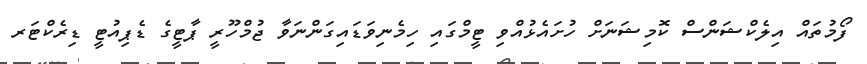
ފޯމުތައް އިލެކްޝަންސް ކޮމިޝަނަށް ހުށައެޅުއްވި ޓީމްގައި ހިމެނިވަޑައިގަންނަވާ ޖުމްހޫރީ ޕާޓީގެ ޑެޕިއުޓީ ޑިރެކްޓަރ